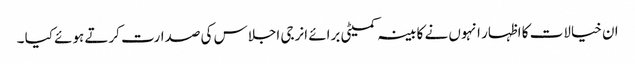
ان خیالات کا اظہار انہوں نے کابینہ کمیٹی برائے انرجی اجلاس کی صدارت کرتے ہوئے کیا ۔